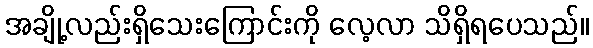
အချို့လည်းရှိသေးကြောင်းကို လေ့လာ သိရှိရပေသည်။